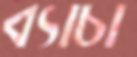
ব্যাচা